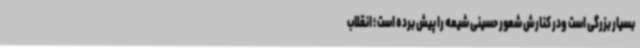
بسیار بزرگی است ودر کنارش شعور حسینی شیعه را پیش برده است ؛ انقلاب